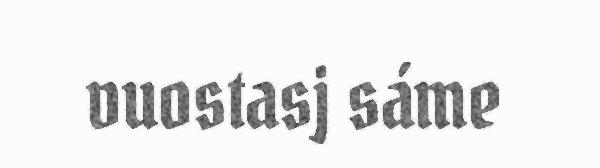
vuostasj sáme